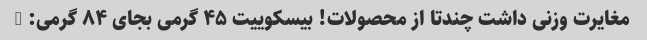
مغایرت وزنی داشت چندتا از محصولات! بیسکوییت ۴۵ گرمی بجای ۸۴ گرمی: /